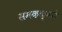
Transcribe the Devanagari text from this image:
समकक्षमे